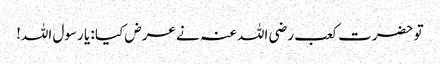
تو حضرت کعب رضی اللہ عنہ نے عرض کیا : یا رسول اللہ!